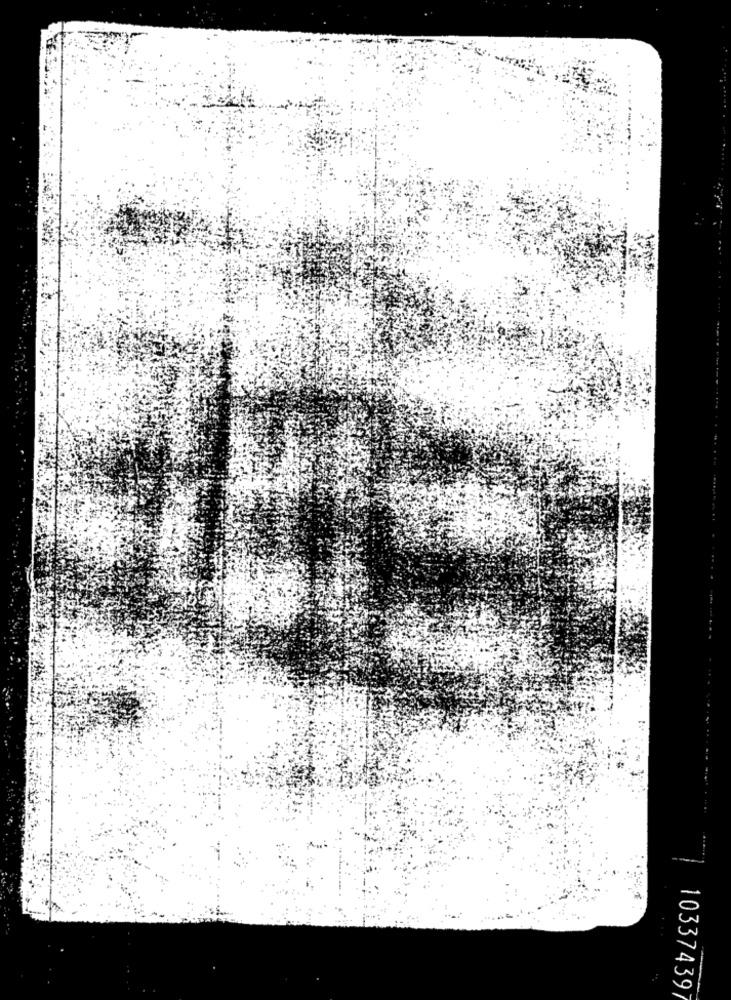
10337439